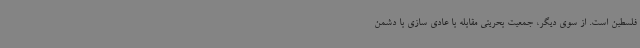
فلسطین است. از سوی دیگر، جمعیت بحرینی مقابله با عادی سازی با دشمن